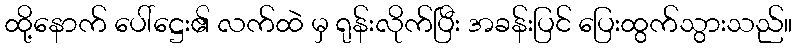
ထို့နောက် ပေါ်ဋ္ဌေး၏ လက်ထဲ မှ ရုန်းလိုက်ပြီး အခန်းပြင် ပြေးထွက်သွားသည်။